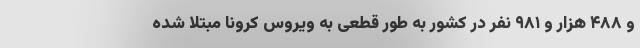
و ۴۸۸ هزار و ۹۸۱ نفر در کشور به طور قطعی به ویروس کرونا مبتلا شده